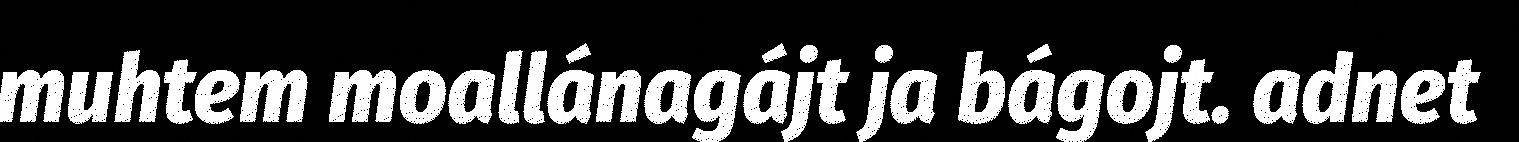
muhtem moallánagájt ja bágojt. adnet